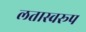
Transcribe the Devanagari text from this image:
लतास्वरूप